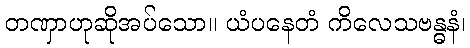
တဏှာဟုဆိုအပ်သော။ ယံပနေတံ ကိလေသဗန္ဓနံ၊